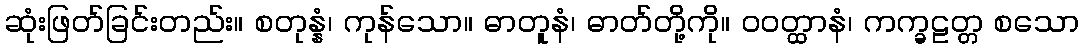
ဆုံးဖြတ်ခြင်းတည်း။ စတုန္နံ၊ ကုန်သော။ ဓာတူနံ၊ ဓာတ်တို့ကို။ ဝဝတ္ထာနံ၊ ကက္ခဠတ္တ စသော